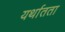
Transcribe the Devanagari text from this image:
यर्थातता